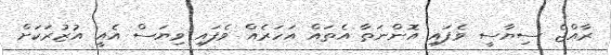
ރާއްޖެ ސިޔާސީ ވެފައި އޮންނަތާ އެތައް އަހަރެއް ވެފައި ވިޔަސް އެއީ އުޒުރަކަށް